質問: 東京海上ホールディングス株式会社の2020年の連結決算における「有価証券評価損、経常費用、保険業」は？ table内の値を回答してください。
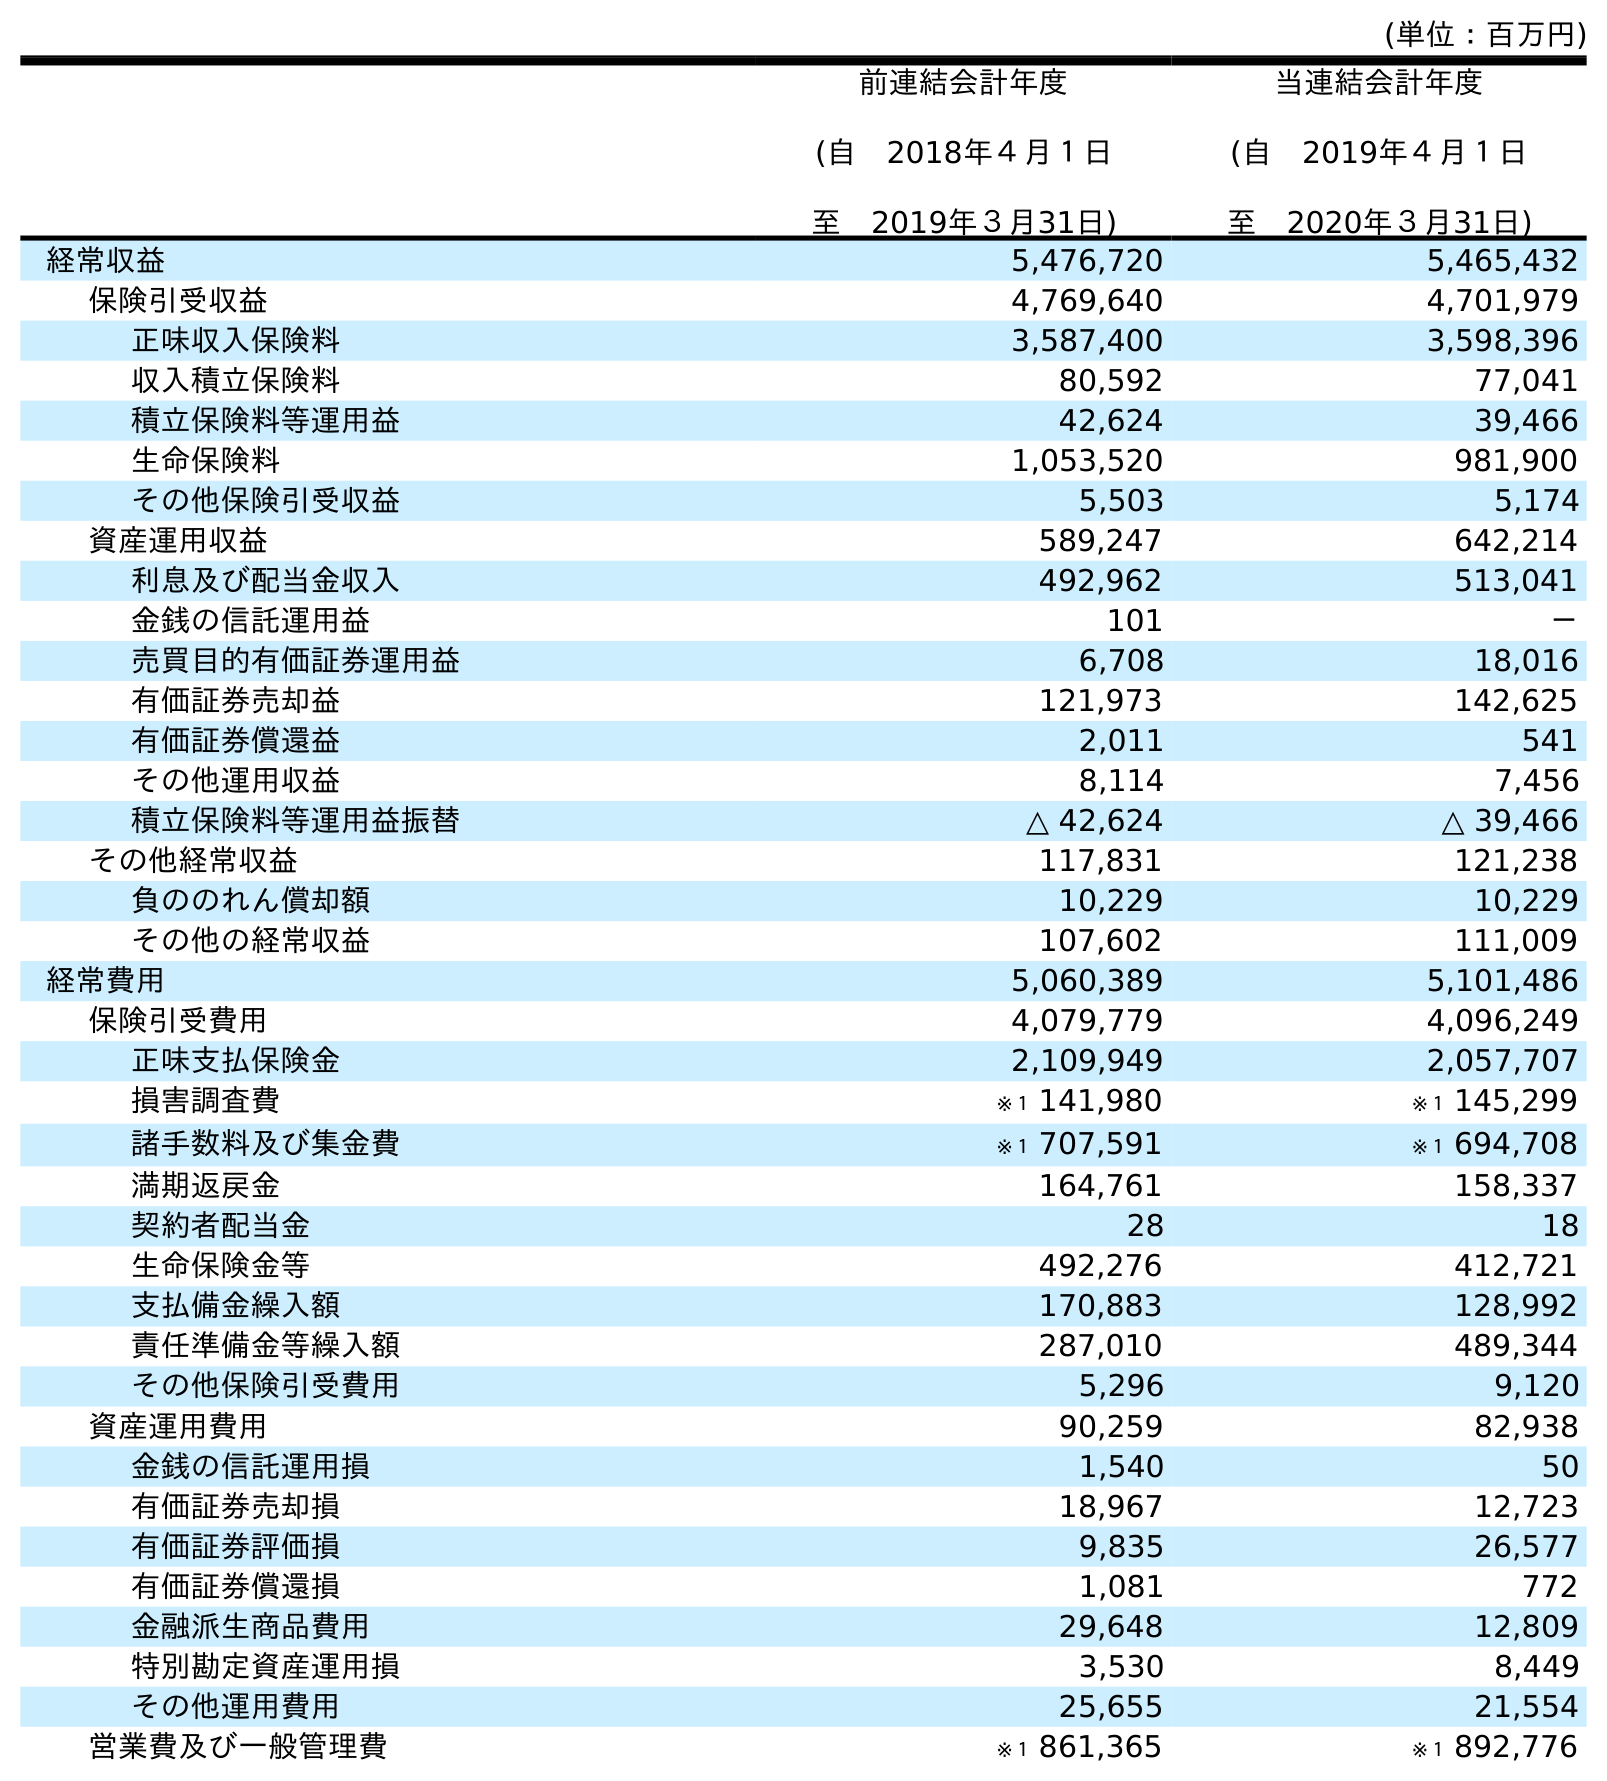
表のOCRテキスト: (単位：百万円) 前連結会計年度 (自 2018年４月１日 至 2019年３月31日) 当連結会計年度 (自 2019年４月１日 至 2020年３月31日) 経常収益 5,476,720 5,465,432 保険引受収益 4,769,640 4,701,979 正味収入保険料 3,587,400 3,598,396 収入積立保険料 80,592 77,041 積立保険料等運用益 42,624 39,466 生命保険料 1,053,520 981,900 その他保険引受収益 5,503 5,174 資産運用収益 589,247 642,214 利息及び配当金収入 492,962 513,041 金銭の信託運用益 101 － 売買目的有価証券運用益 6,708 18,016 有価証券売却益 121,973 142,625 有価証券償還益 2,011 541 その他運用収益 8,114 7,456 積立保険料等運用益振替 △ 42,624 △ 39,466 その他経常収益 117,831 121,238 負ののれん償却額 10,229 10,229 その他の経常収益 107,602 111,009 経常費用 5,060,389 5,101,486 保険引受費用 4,079,779 4,096,249 正味支払保険金 2,109,949 2,057,707 損害調査費 ※１ 141,980 ※１ 145,299 諸手数料及び集金費 ※１ 707,591 ※１ 694,708 満期返戻金 164,761 158,337 契約者配当金 28 18 生命保険金等 492,276 412,721 支払備金繰入額 170,883 128,992 責任準備金等繰入額 287,010 489,344 その他保険引受費用 5,296 9,120 資産運用費用 90,259 82,938 金銭の信託運用損 1,540 50 有価証券売却損 18,967 12,723 有価証券評価損 9,835 26,577 有価証券償還損 1,081 772 金融派生商品費用 29,648 12,809 特別勘定資産運用損 3,530 8,449 その他運用費用 25,655 21,554 営業費及び一般管理費 ※１ 861,365 ※１ 892,776
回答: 26,577